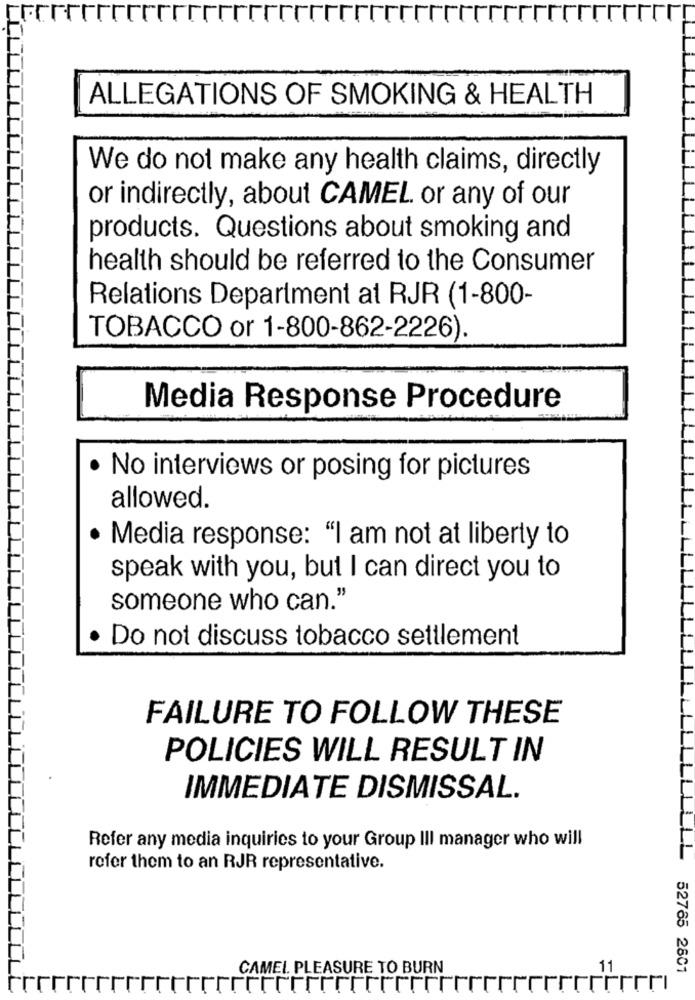
ALLEGATIONS OF SMOKING & HEALTH
We do not make any health claims, directly
or indirectly, about CAMEL or any of our
products. Questions about smoking and
health should be referred to the Consumer
Relations Department at RJR (1-800-
TOBACCO or 1-800-862-2226).
Media Response Procedure
No interviews or posing for pictures
allowed.
Media response: "I am not at liberty to
speak with you, but I can direct you to
someone who can."
· Do not discuss tobacco settlement
FAILURE TO FOLLOW THESE
POLICIES WILL RESULT IN
IMMEDIATE DISMISSAL.
11
Refer any media inquiries to your Group III manager who will
LL
refer them to an RJR representative.
CAMEL. PLEASURE TO BURN
11
52765 2801